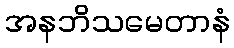
အနဘိသမေတာနံ